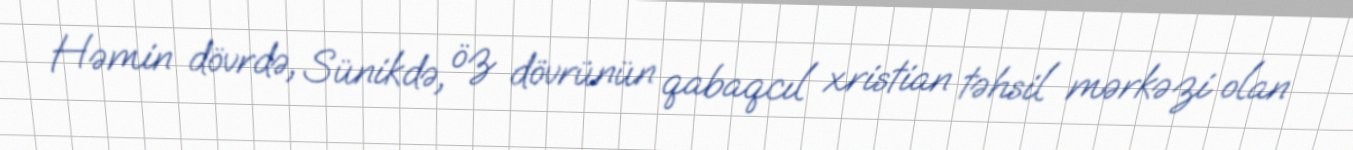
Həmin dövrdə, Sünikdə, öz dövrünün qabaqcıl xristian təhsil mərkəzi olan